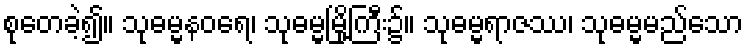
စုတေခဲ့၍။ သုဓမ္မနဝရေ၊ သုဓမ္မမြို့ကြီး၌။ သုဓမ္မရာဇဿ၊ သုဓမ္မမည်သော